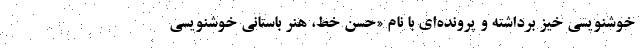
خوشنویسی خیز برداشته و پرونده‌ای با نام «حُسن خط، هنر باستانی خوشنویسی